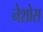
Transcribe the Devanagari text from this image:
नेशोस